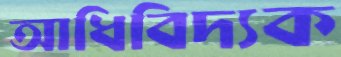
আধিবিদ্যক